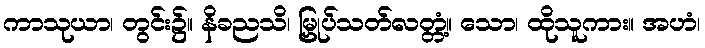
ကာသုယာ၊ တွင်း၌။ နိခညသိ၊ မြှုပ်သတ်လတ္တံ့။ သော၊ ထိုသူကား။ အဟံ၊